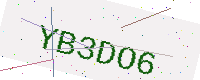
Text: YB3DO6